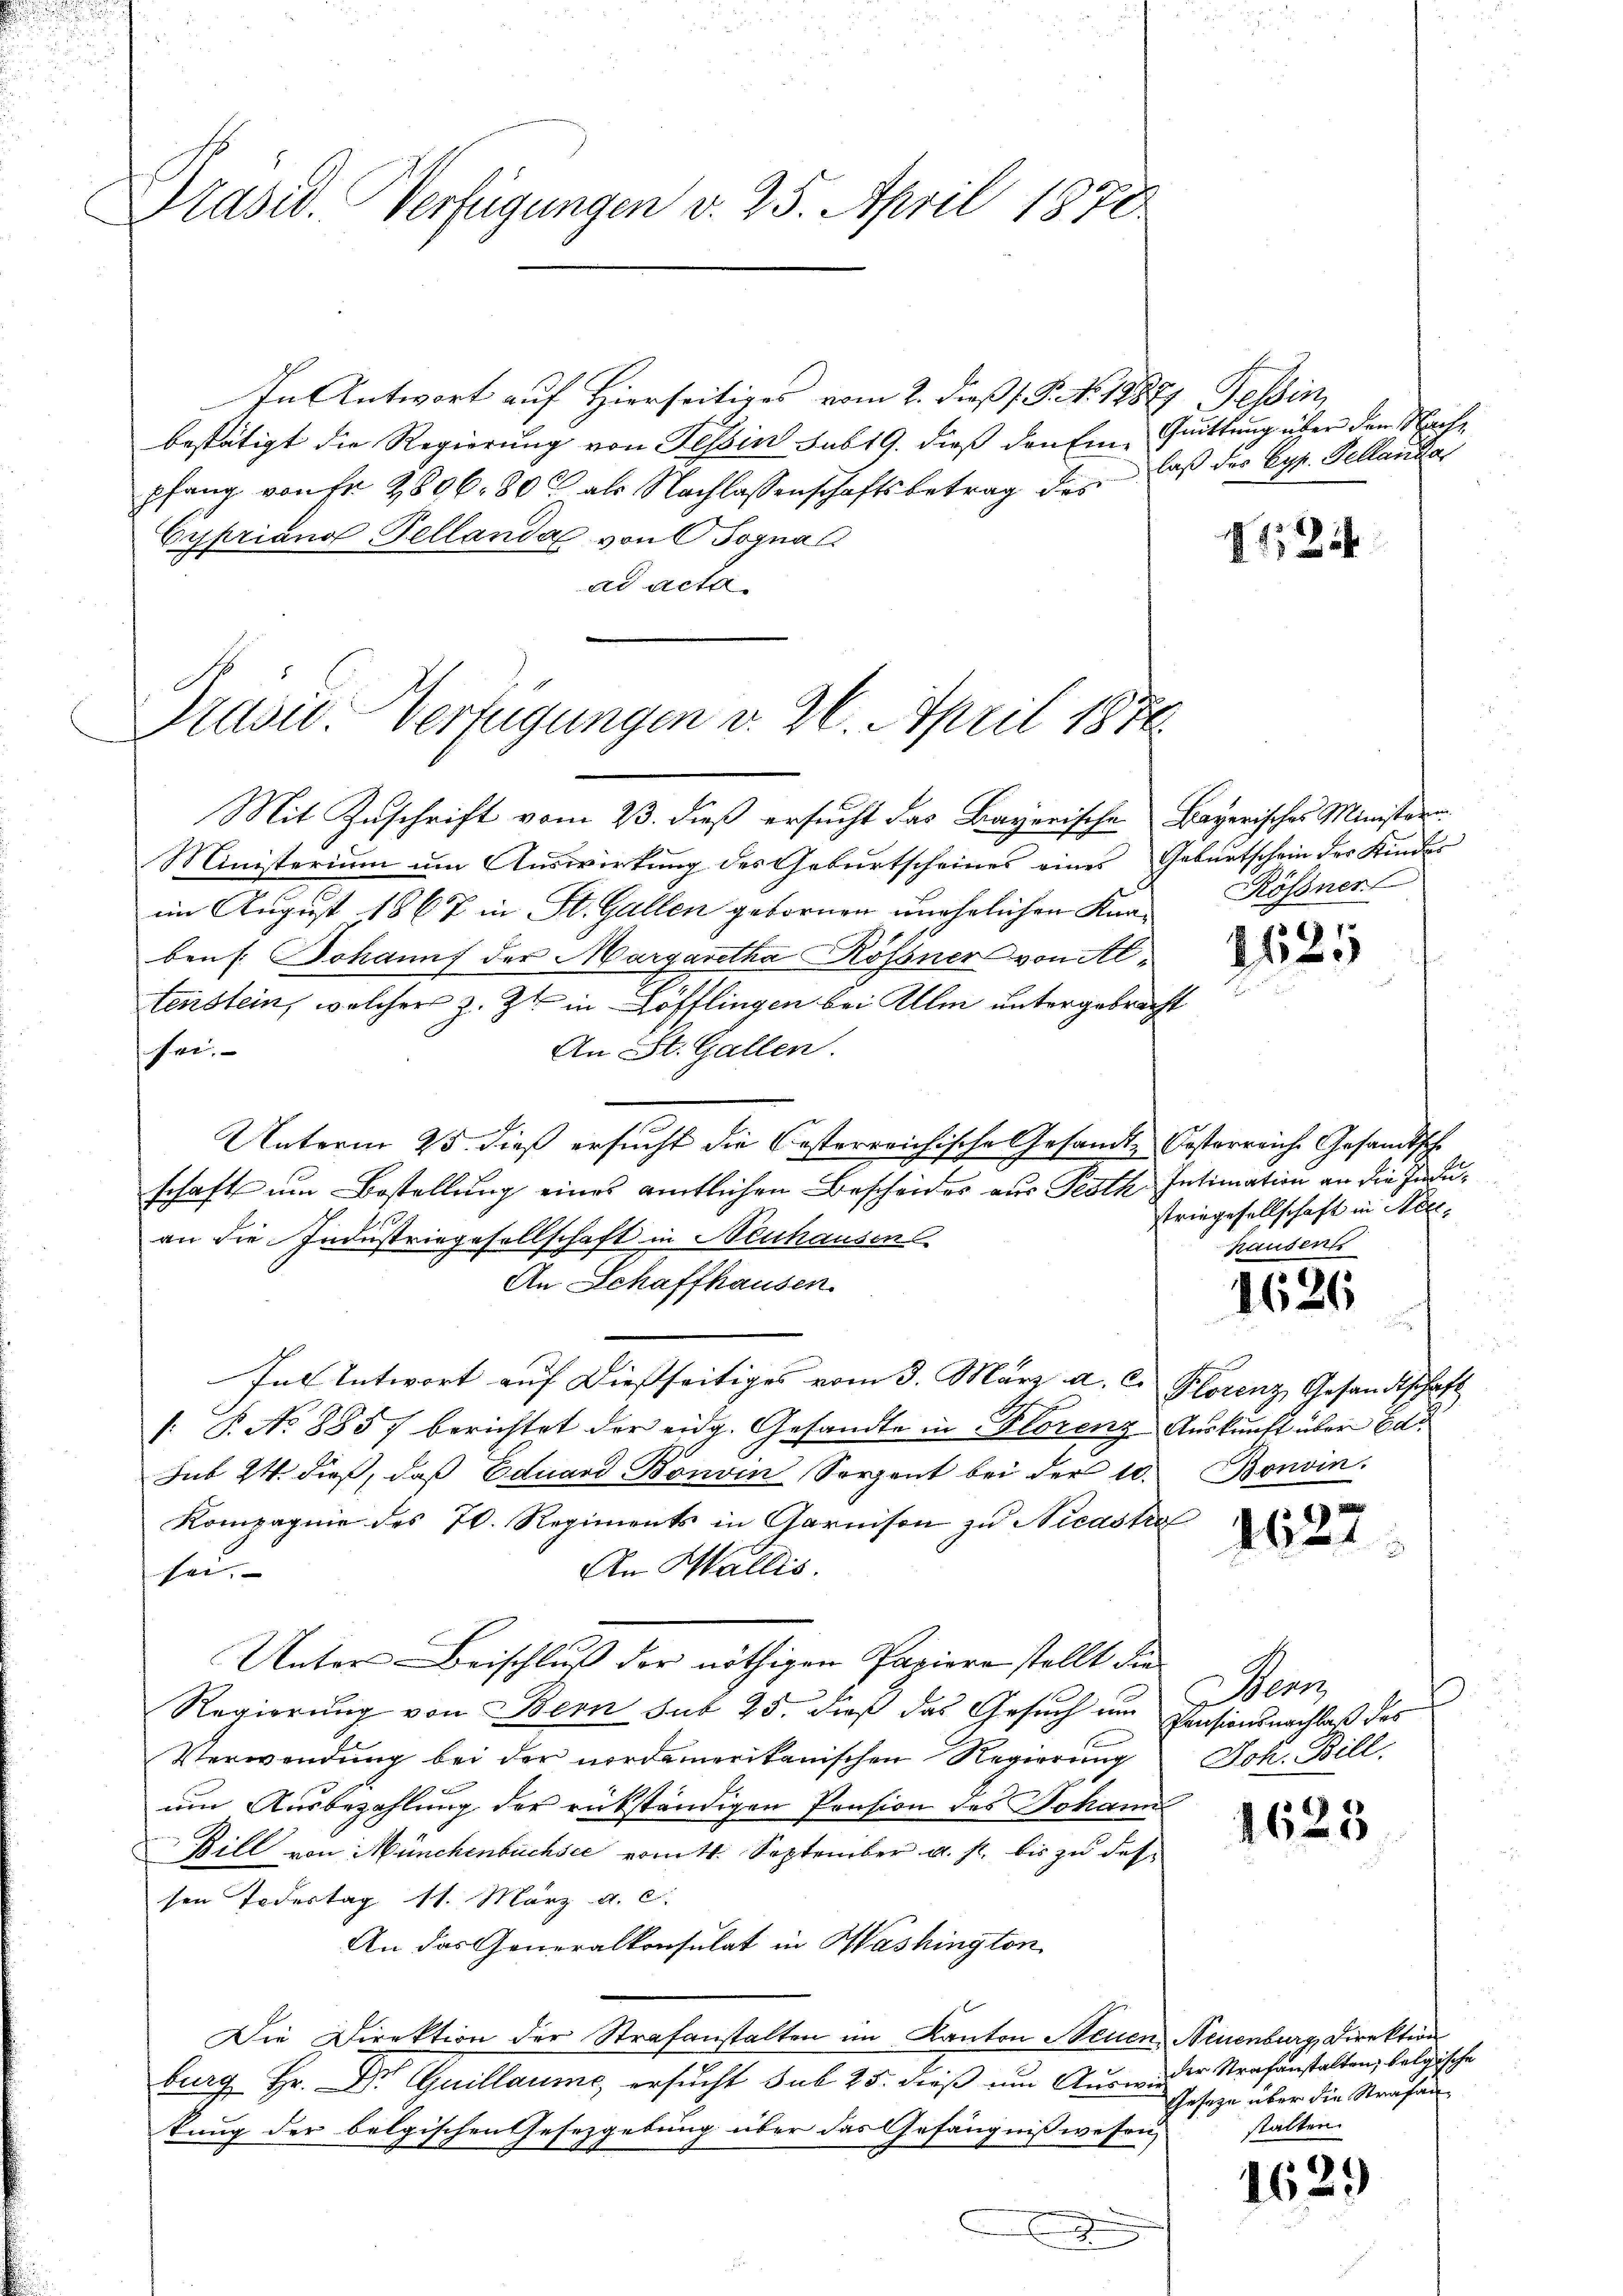
Präsid. Verfügungen v. 25. April 1878

In Antwort auf Hierseitiges vom 2. dieß (T. No. 1888, Tessin,
bestätigt die Regierung von Tessin sub 19. dieß den Ein- Quittung über den Nachpfang von fr. 2806. 800 als Nachlassenschaftsbetrag des
Cypriano Pellanda von Sognal
ad acta.

Präsi- Verfügungen v. 26. April 1876.

laß des Syz. Tellanda

Mit Zuschrift vom 23. dieß ersucht das Bayerische Bayerisches Ministern
Ministerium um Auswirkung des Geburtscheines eines Geburtschein der Kinder
im August 1867 in St. Gallen gebornen unehelichen Kan-
ben. Johannf der Margaretha Rossner von Altenstein, welcher z. Zt. in Löfflingen bei Alle untergebracht
hee.
An St. Gallen.
Unterm 25. dieß ersucht die besterreichische Gesandt-Oesterreiche Gesandtsche
schaft um Bestellung eines amtlichen Bescheides aus Pesth Intimation an die Induan die Industriegesellschaft in Neuhausen
An Schaffhausen.
Inl Antwort auf dießseitiges vom 3. März a. c. Florenz, Gesandtschaft
/: P. No 885 berichtet der eidg. Gesandte in Florenz Auskunft über Ca
Jub 24. dieß, daβ Eduard Bonvin Sorgent bei der 10. Bonvin
Kompagnie des 70. Regiments in Garnison zu Nicastra
An Wallis.
sei.
Unters Beischluß der nöthigen Papiere stellt die
Regierung von Bern sub 25. dieß das Gesuch um
Verwendung bei der nordamerikanischen Regierung Joh. Bill
um Ausbezahlung der rükständigen Pension des Johann
Bill von Münchenbuchsee vom 4. September a. p. bis zu des
sen Todestag 11. März a. c.
An das Generalkonsulat in Washington
Die Direktion der Strafanstalten im Kanton Neuen, Neuenburg, Direktion
burg Hr. Dr Guillaume, ersucht sub 25. dieß um Ausw. der Strafanstalten, belgische
kung der belgischen Gesetzgebung über das Gefängnißwesen,
2
e

1524

Rössner

2125

striegesellschaft in Niehausen

1626

1627

Merz
Pensionsnachlaß des

1625

Geseze über die Strafan
stalten.

1629